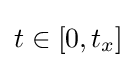
t\in [0,t_{x}]